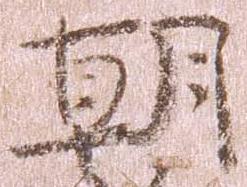
朝